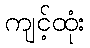
ကျင့်ထုံး